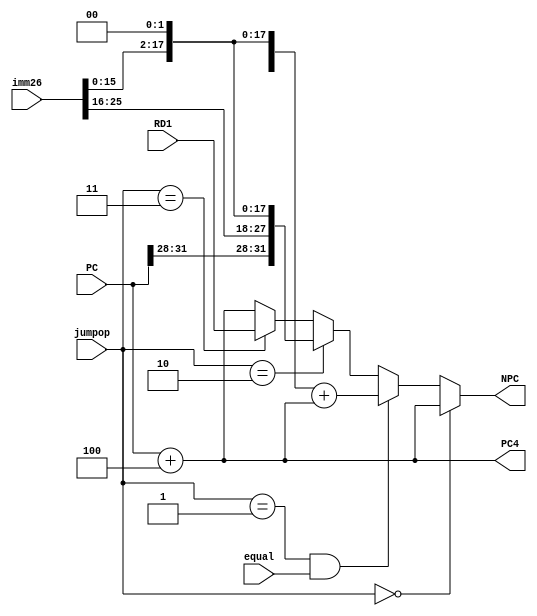
module NPC (
    input [31:0] PC,
    input [25:0] imm26,
    input [31:0] RD1,
    input equal,
    input [1:0] jumpop,
    output [31:0] PC4,
    output [31:0] NPC
);
    assign PC4 = PC + 4;
    assign NPC = (jumpop == 0) ? PC + 4 :
                 (jumpop == 1 && equal) ? ({{16{imm26[15]}}, imm26[15:0]} << 2) + PC4:
                 (jumpop == 2) ? {PC[31:28], imm26, 2'b00} : 
                 (jumpop == 3) ? RD1 : PC + 4; 
    
endmodule